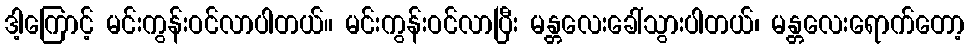
ဒါ့ကြောင့် မင်းကွန်းဝင်လာပါတယ်။ မင်းကွန်းဝင်လာပြီး မန္တလေးခေါ်သွားပါတယ်၊ မန္တလေးရောက်တော့